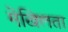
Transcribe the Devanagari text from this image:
मेखिलता